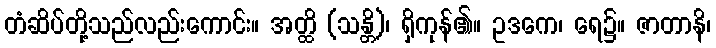
တံဆိပ်တို့သည်လည်းကောင်း။ အတ္ထိ (သန္တိ)၊ ရှိကုန်၏။ ဥဒကေ၊ ရေ၌။ ဇာတာနိ၊